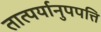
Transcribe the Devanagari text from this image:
तात्पर्यानुपपत्ति